DOW-UAP-D48, Department of the Air Force Report, 1996
Agency: Department of War
Incident date: 9/10/96
Page 119
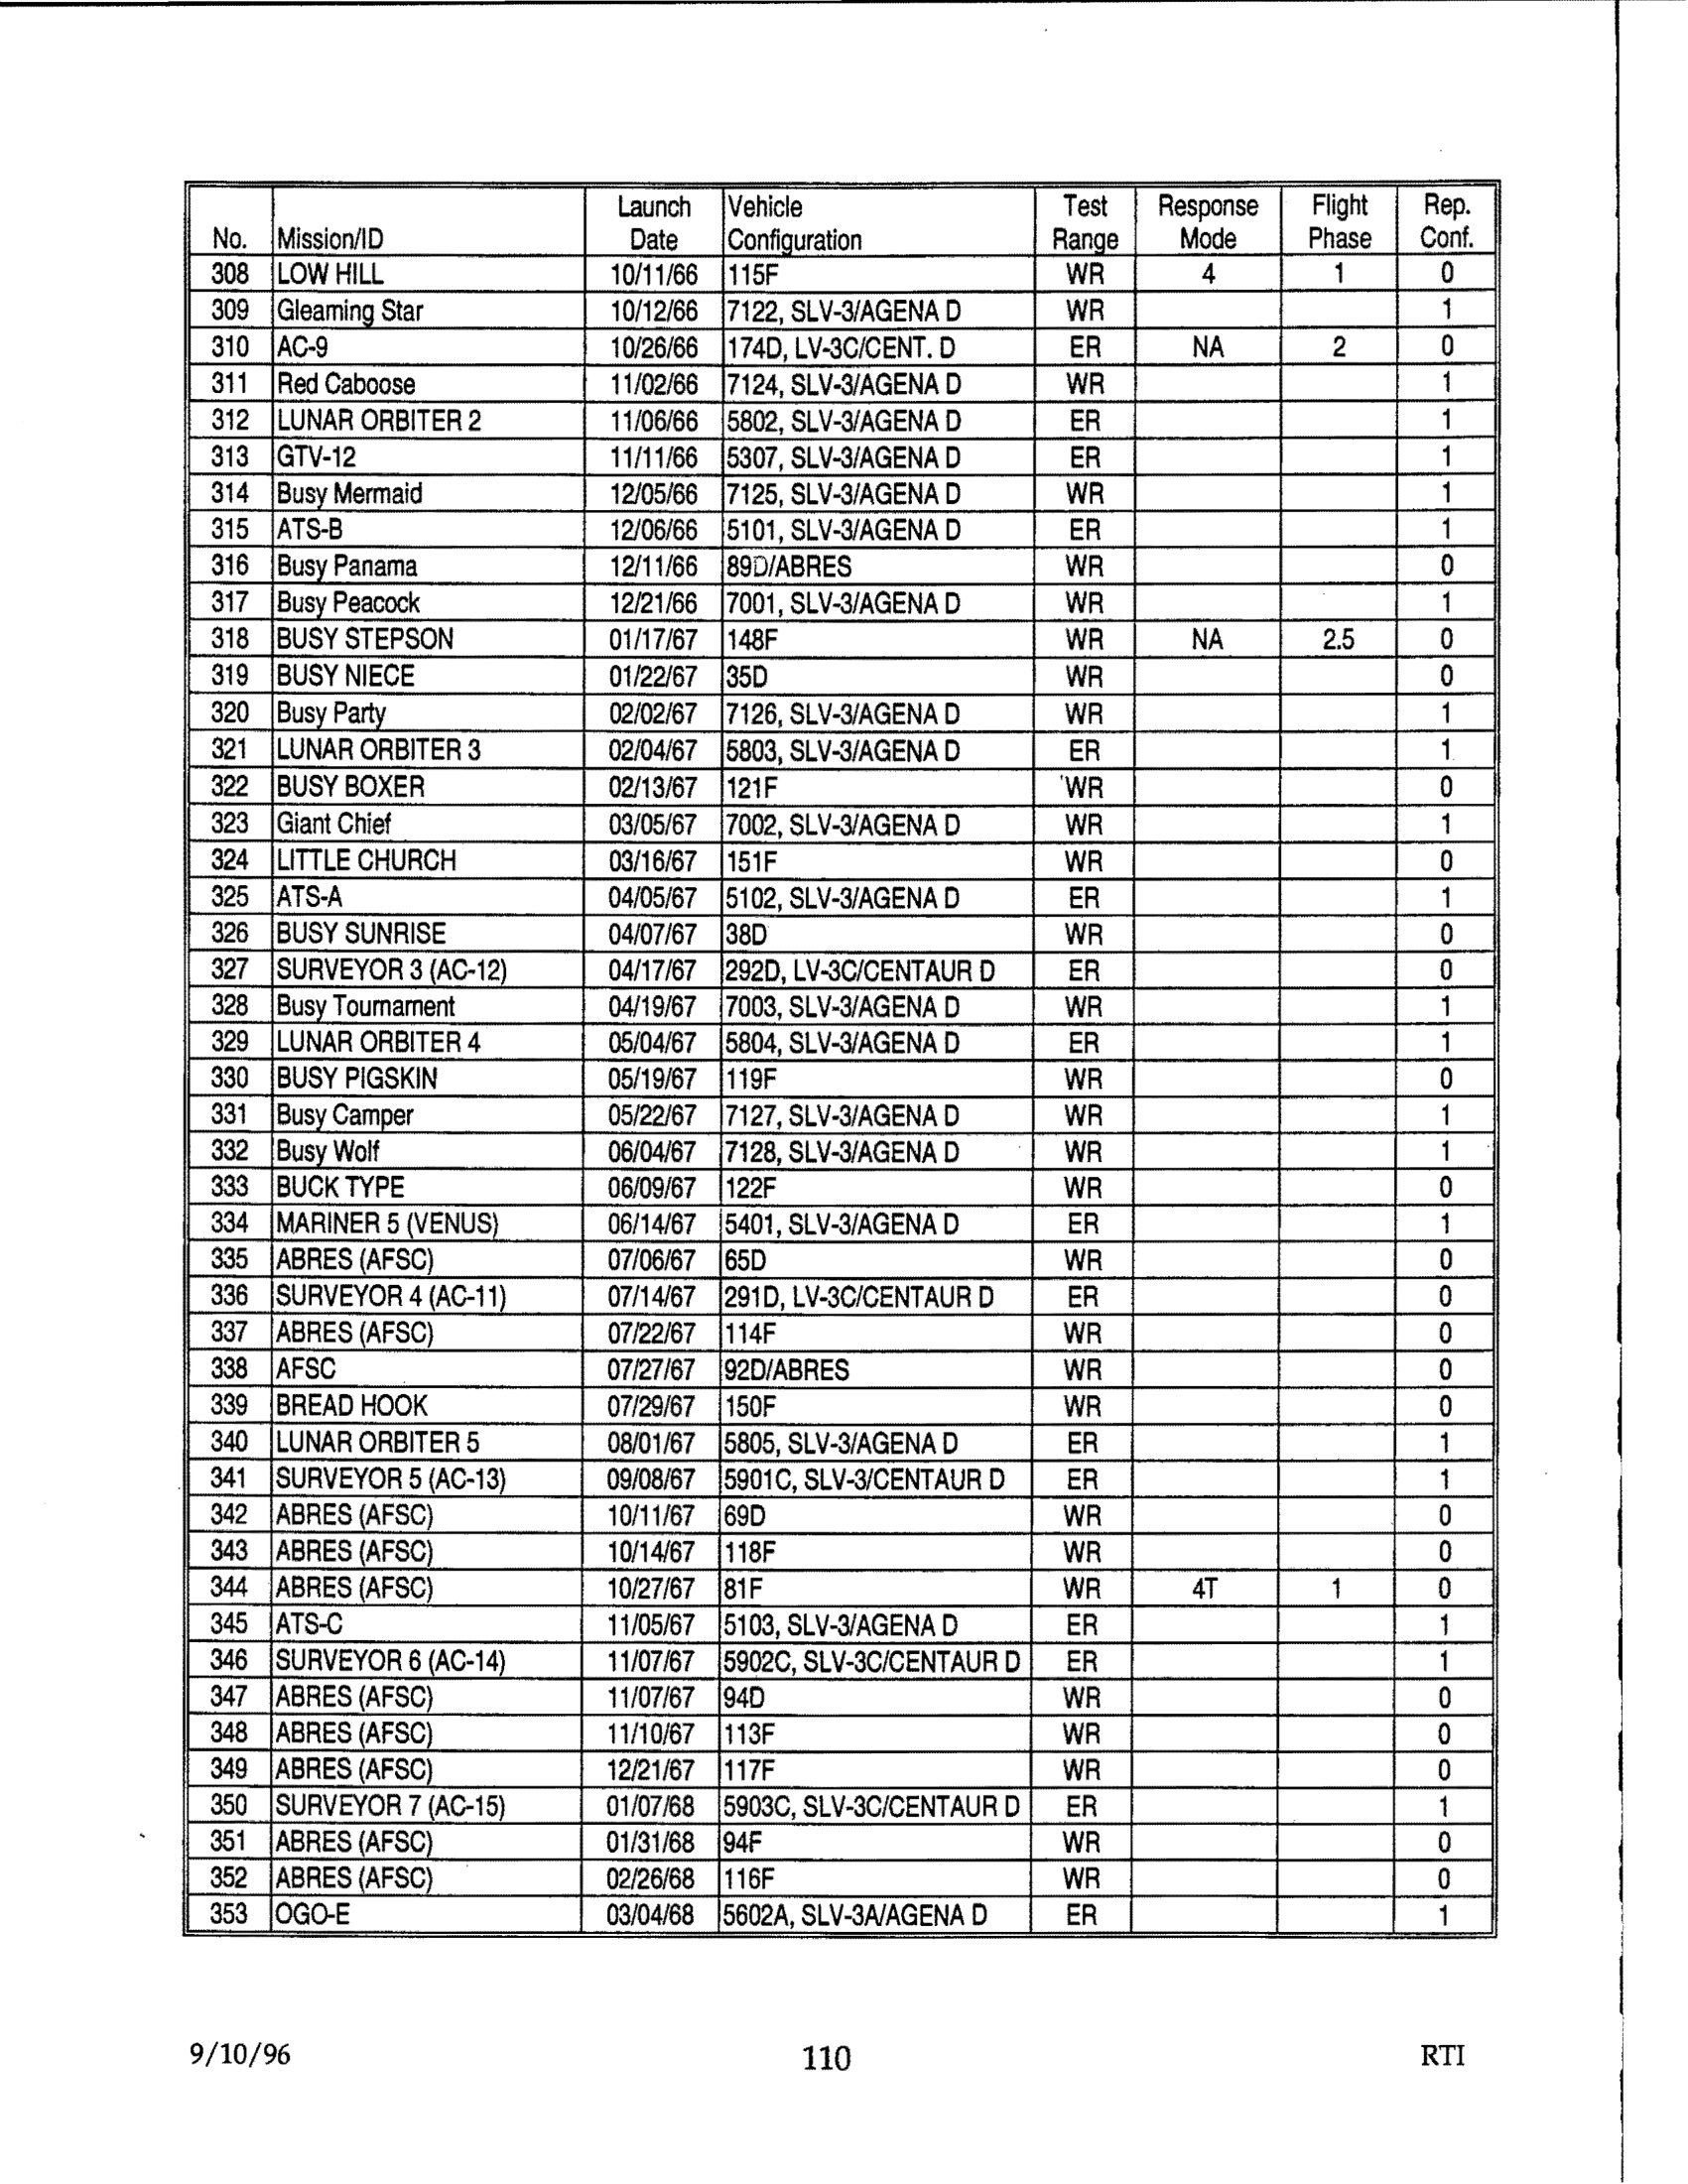